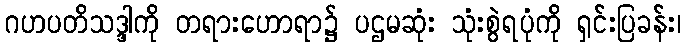
ဂဟပတိသဒ္ဒါကို တရားဟောရာ၌ ပဌမဆုံး သုံးစွဲရပုံကို ရှင်းပြခန်း၊